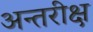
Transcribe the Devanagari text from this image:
अन्तरीक्ष